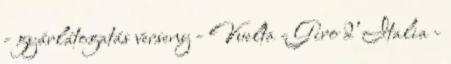
- gyárlátogatás verseny - Vuelta - Giro d’Italia -